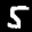
Label: 5